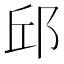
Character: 邱